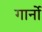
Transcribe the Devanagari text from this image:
गार्नो